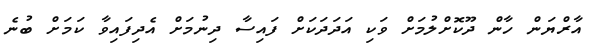
އާރްޔަން ހާން ދޫކޮށްލުމަށް ވަކި އަދަދަކަށް ފައިސާ ދިނުމަށް އެދިފައިވާ ކަމަށް ބުނެ